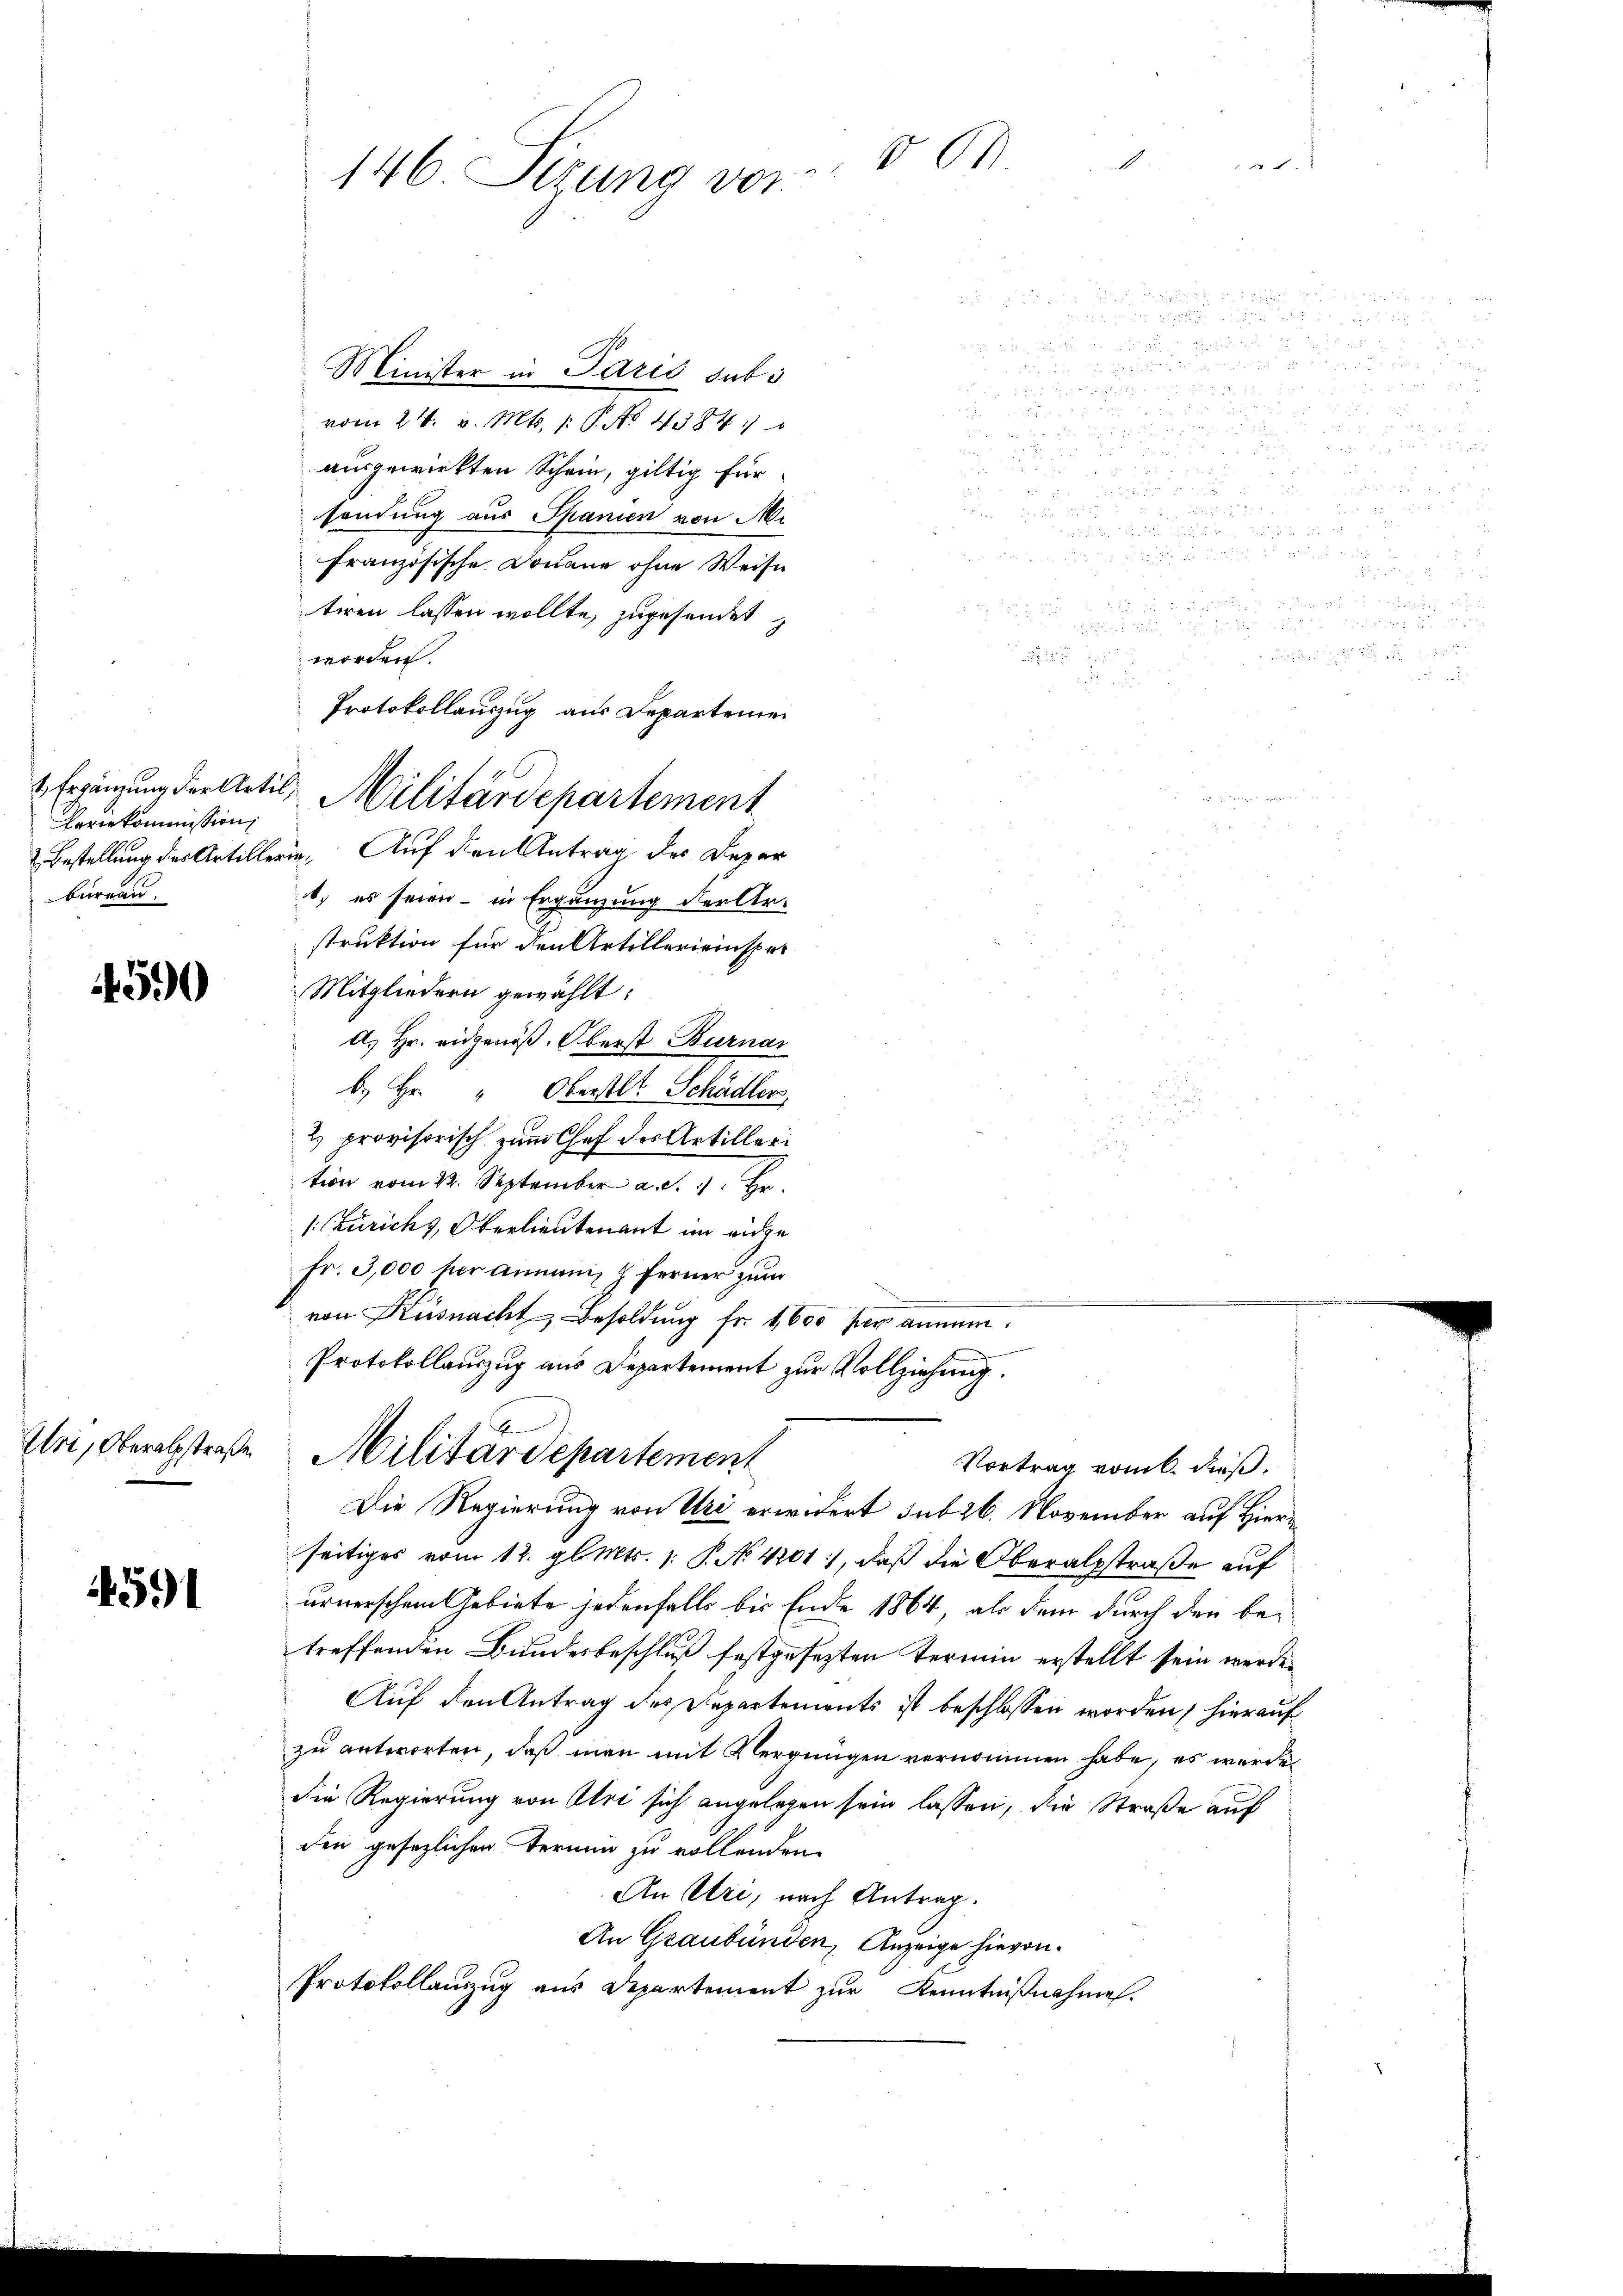
Herkommission
bureau.

u
.
Minister in Paris subs

vom 24. v. Mts. 1. No 4384.
u
ausgewirkten Schein, giltig für

 7
sendung aus Spanien von Mi

französische Douane ohne Weise
 252 f 24 x
tiren lassen wollte, zugesendet

worden.

Protokollauszug aus Departeme
2 Ergänzung der Artil Militärdepartement
 Bestellung des Artillerin. Auf den Antrag des Depar
. es seien - in Ergänzung der Arstruktion für den Artillerieinsper
Mitgliedern gewählt:
d. Hr. eidgenöß. Oberst Burnar
b. Hr. " Oberst Schädler,
2 provisorisch zum Chef des Artilleri
tion vom 22. September a. d. 1. Hr.
1. Zürich & Oberlieutenant im eidge
Fr. 3,000 per annami, & ferner zum
von Küsnacht, Besoldung fr. 1600 per annum.
Protokollauszug aus Departement zur Vollziehung.
Uri, Oberalstraße Militärdepartement
Vortrag vom 6. dieß.
Die Regierung von Uri erwidert sub 26. November auf Hier
seitiges vom 12. gl. Mts. 1. P. No. 4201), daß die Oberalpstraße auf
4591
urnerschem Gebiete jedenfalls bis Ende 1864, als dem durch den betreffenden Bundesbeschluß festgesezten Termin erstellt sein werde.
Auf den Antrag des Departements ist beschlossen worden, hierauf
zu antworten, daß man mit Vergnügen vernommen habe, es werde
Die Regierung von Uri sich angelegen sein lassen, die Straße auf
den gesezlichen Termin zu vollenden
An Uri, nach Antrag.
An Graubünden, Anzeige hievon
Protokollauszug aus Departement zur Kenntnißnahmen.

590

146 Sizung vor. 800

un

.
2
n

1